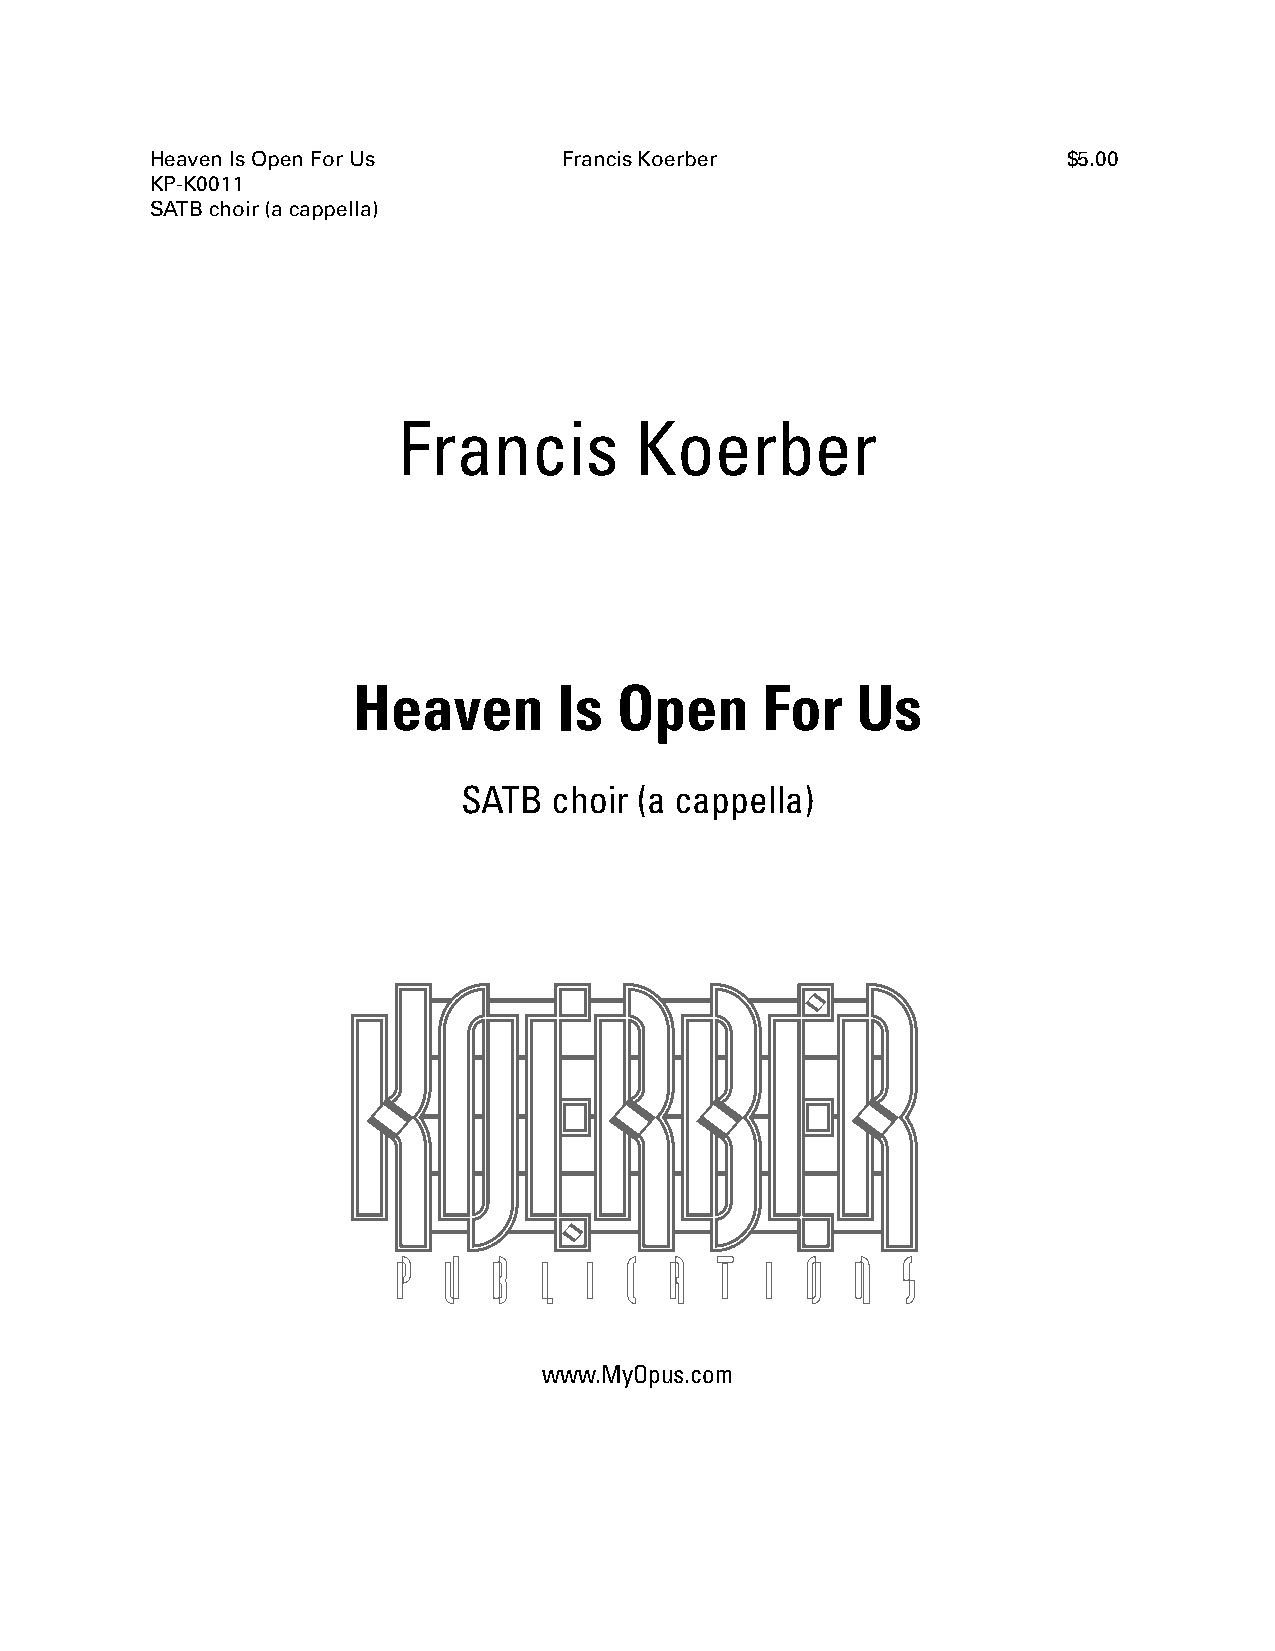
Heaven Is Open For Us      Francis Koerber                   $5.00
 KP-K0011
 SATB choir (a cappella)
 Francis         Koerber
 Heaven        Is  Open     For    Us
 SATB  choir (a cappella)
 P  U   B  L  I C  A   T  I O   N  S
 www.MyOpus.com